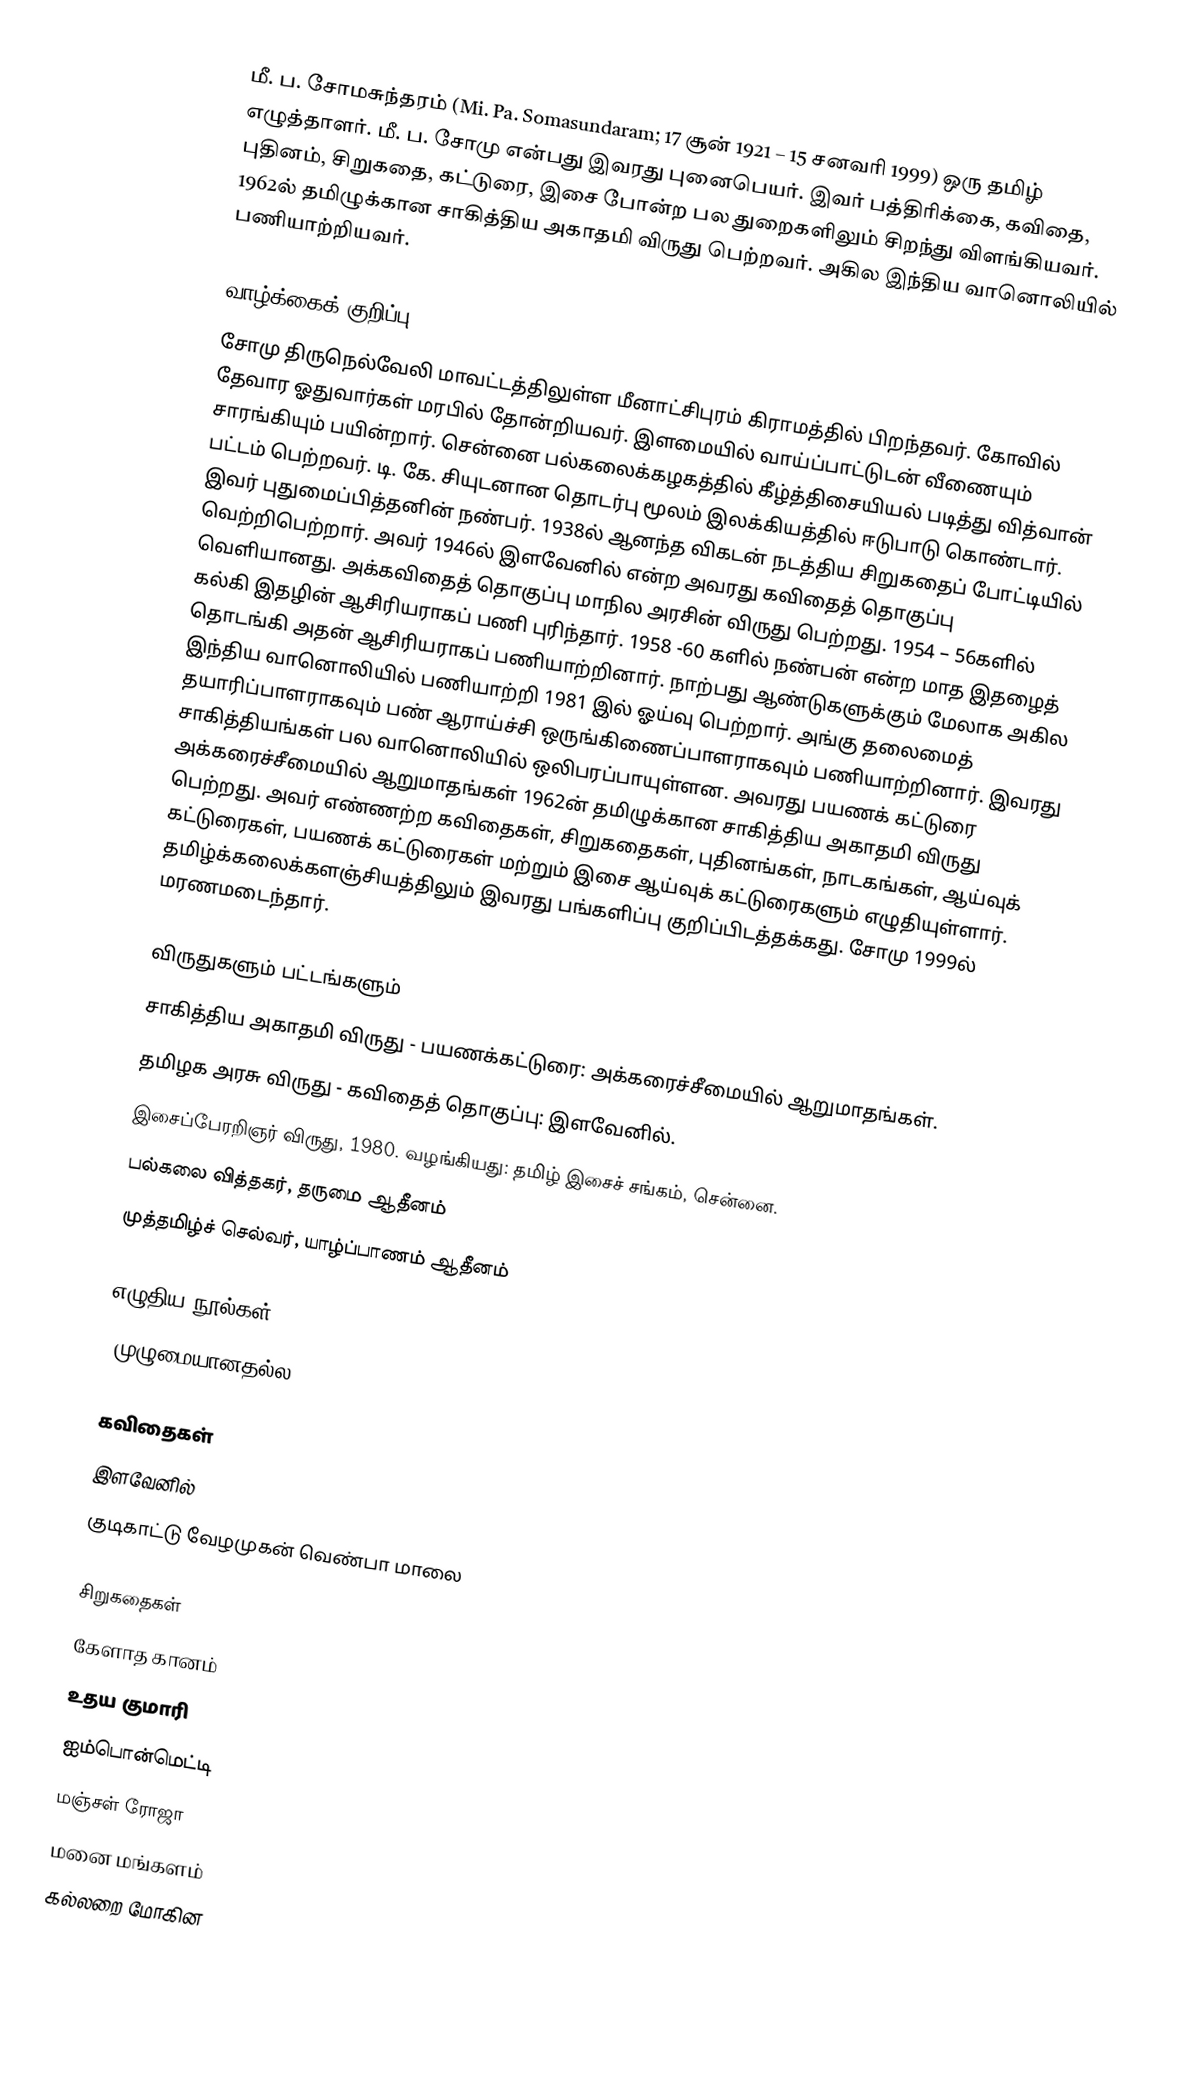
மீ. ப. சோமசுந்தரம் (Mi. Pa. Somasundaram; 17 சூன் 1921 – 15 சனவரி 1999) ஒரு தமிழ் எழுத்தாளர். மீ. ப. சோமு என்பது இவரது புனைபெயர்.  இவர் பத்திரிக்கை, கவிதை, புதினம், சிறுகதை, கட்டுரை, இசை போன்ற பல துறைகளிலும் சிறந்து விளங்கியவர். 1962ல் தமிழுக்கான சாகித்திய அகாதமி விருது பெற்றவர். அகில இந்திய வானொலியில் பணியாற்றியவர்.

வாழ்க்கைக் குறிப்பு
சோமு திருநெல்வேலி மாவட்டத்திலுள்ள மீனாட்சிபுரம் கிராமத்தில் பிறந்தவர். கோவில் தேவார ஓதுவார்கள் மரபில் தோன்றியவர். இளமையில் வாய்ப்பாட்டுடன் வீணையும் சாரங்கியும் பயின்றார். சென்னை பல்கலைக்கழகத்தில் கீழ்த்திசையியல் படித்து வித்வான் பட்டம் பெற்றவர். டி. கே. சியுடனான தொடர்பு மூலம் இலக்கியத்தில் ஈடுபாடு கொண்டார். இவர் புதுமைப்பித்தனின் நண்பர். 1938ல் ஆனந்த விகடன் நடத்திய சிறுகதைப் போட்டியில் வெற்றிபெற்றார். அவர் 1946ல் இளவேனில் என்ற அவரது கவிதைத் தொகுப்பு வெளியானது. அக்கவிதைத் தொகுப்பு மாநில அரசின் விருது பெற்றது. 1954 – 56களில் கல்கி இதழின் ஆசிரியராகப் பணி புரிந்தார்.  1958 -60 களில் நண்பன் என்ற மாத இதழைத் தொடங்கி அதன் ஆசிரியராகப் பணியாற்றினார். நாற்பது ஆண்டுகளுக்கும் மேலாக அகில இந்திய வானொலியில் பணியாற்றி 1981 இல் ஓய்வு பெற்றார். அங்கு தலைமைத் தயாரிப்பாளராகவும் பண் ஆராய்ச்சி ஒருங்கிணைப்பாளராகவும் பணியாற்றினார். இவரது சாகித்தியங்கள் பல வானொலியில் ஒலிபரப்பாயுள்ளன. அவரது பயணக் கட்டுரை அக்கரைச்சீமையில் ஆறுமாதங்கள் 1962ன் தமிழுக்கான  சாகித்திய அகாதமி விருது பெற்றது. அவர் எண்ணற்ற கவிதைகள், சிறுகதைகள், புதினங்கள், நாடகங்கள், ஆய்வுக் கட்டுரைகள், பயணக் கட்டுரைகள் மற்றும் இசை ஆய்வுக் கட்டுரைகளும் எழுதியுள்ளார். தமிழ்க்கலைக்களஞ்சியத்திலும் இவரது பங்களிப்பு குறிப்பிடத்தக்கது. சோமு 1999ல் மரணமடைந்தார்.

விருதுகளும் பட்டங்களும்
சாகித்திய அகாதமி விருது - பயணக்கட்டுரை: அக்கரைச்சீமையில் ஆறுமாதங்கள்.
தமிழக அரசு விருது - கவிதைத் தொகுப்பு: இளவேனில்.
இசைப்பேரறிஞர் விருது, 1980. வழங்கியது: தமிழ் இசைச் சங்கம், சென்னை.
 பல்கலை வித்தகர், தருமை ஆதீனம்
 முத்தமிழ்ச் செல்வர், யாழ்ப்பாணம் ஆதீனம்

எழுதிய நூல்கள்
(முழுமையானதல்ல)

கவிதைகள்
இளவேனில்
குடிகாட்டு வேழமுகன் வெண்பா மாலை

சிறுகதைகள்
கேளாத கானம்
உதய குமாரி
ஐம்பொன்மெட்டி
மஞ்சள் ரோஜா
மனை மங்களம்
கல்லறை மோகின